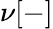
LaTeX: \nu[-]